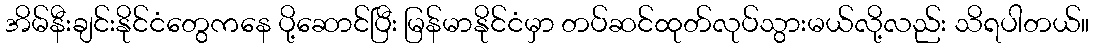
အိမ်နီးချင်းနိုင်ငံတွေကနေ ပို့ဆောင်ပြီး မြန်မာနိုင်ငံမှာ တပ်ဆင်ထုတ်လုပ်သွားမယ်လို့လည်း သိရပါတယ်။